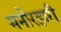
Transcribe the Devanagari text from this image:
मनोरहारी